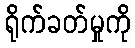
ရိုက်ခတ်မှုကို